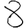
Digit: 8